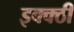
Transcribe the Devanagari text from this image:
इक्क्ठी